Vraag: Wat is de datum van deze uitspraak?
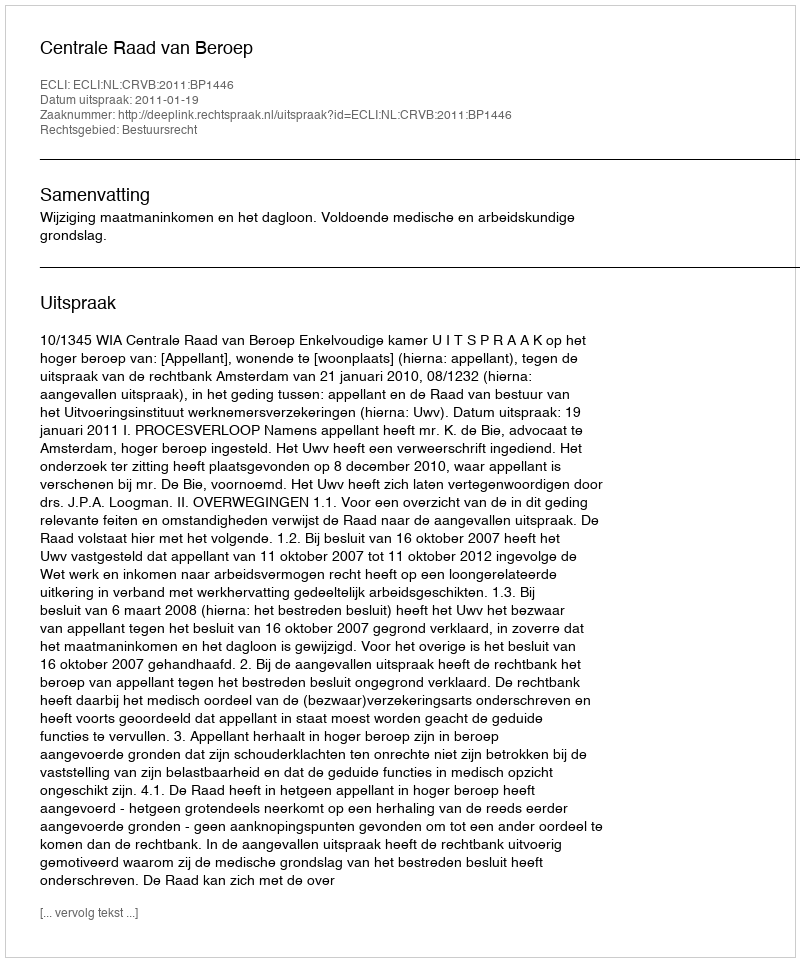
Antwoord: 2011-01-19